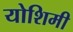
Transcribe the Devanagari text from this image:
योशिमी